On the morphology, teratology, and diclinism of the flowers of cannabis - Number 12
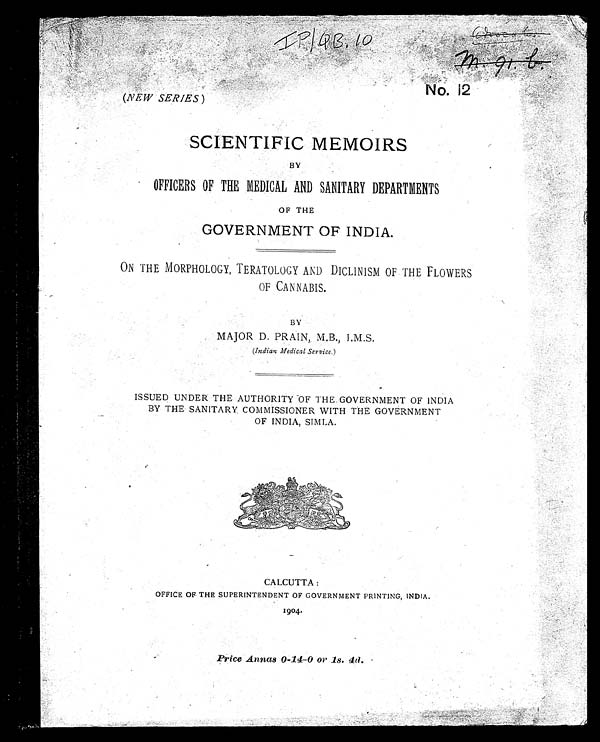
( NEW SERIES)
IP/QB,10
No. 12
SCIENTIFIC MEMOIRS
BY
OFFICERS OF THE MEDICAL AND SANITARY DEPARTMENTS
OF THE
GOVERNMENT OF INDIA.
ON THE MORPHOLOGY, TERATOLOGY AND DICLINISM OF THE FLOWERS
OF CANNABIS.
BY
MAJOR D. PRAIN, M.B., I.M.S.
(Indian Medical Service. )
ISSUED UNDER THE AUTHORITY OF THE GOVERNMENT OF INDIA
BY THE SANITARY COMMISSIONER WITH THE GOVERNMENT
OF INDIA, SIMLA.
CALCUTTA :
OFFICE OF THE SUPERINTENDENT OF GOVERNMENT PRINTING, INDIA.
1904.
Price Annas 0-14-0 or 1s. 4d.